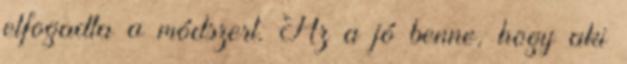
elfogadta a módszert. Az a jó benne, hogy aki